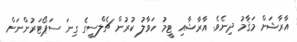
އާރާޝަށް މަޤާމު ދިނެވެ. އާރާޝާއި ޓީމު ހަވާލު ކުރުން ޗެލްސީގެ ގިނަ ސަޕޯޓަރުންނަށް